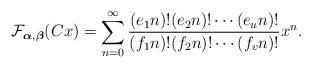
\begin{align*} \mathcal{F}_{\boldsymbol{\alpha},\boldsymbol{\beta}}(Cx) = \sum_{n=0}^\infty \frac{(e_1 n)!(e_2 n)!\cdots (e_u n)!}{(f_1 n)!(f_2 n)!\cdots (f_v n)!} x^n.\end{align*}